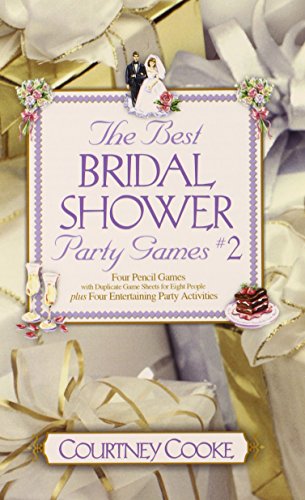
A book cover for The Best Bridal Shower Party Games #2; Courtney Cooke; Crafts, Hobbies & Home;